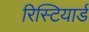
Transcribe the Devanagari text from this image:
रिस्टियार्ड